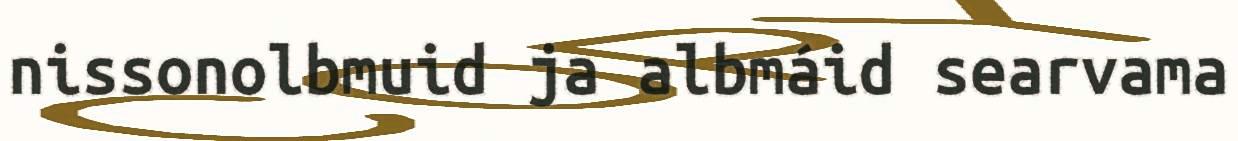
nissonolbmuid ja albmáid searvama